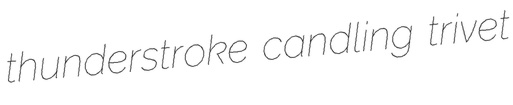
thunderstroke candling trivet